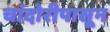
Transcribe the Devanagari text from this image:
चांदोरीपासून